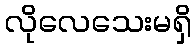
လိုလေသေးမရှိ